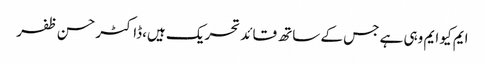
ایم کیو ایم وہی ہے جس کے ساتھ قائد تحریک ہیں،ڈاکٹر حسن ظفر